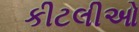
કીટલીઓ